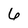
Character: 6